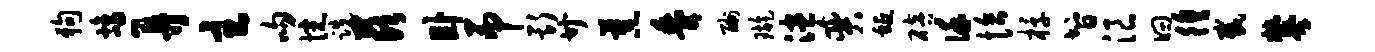
狗鸪弄主吻惋跣兹卧吊斯廿蕉黍酬璇漶奕蜒碚谨恰椁智浪曰徨截攀